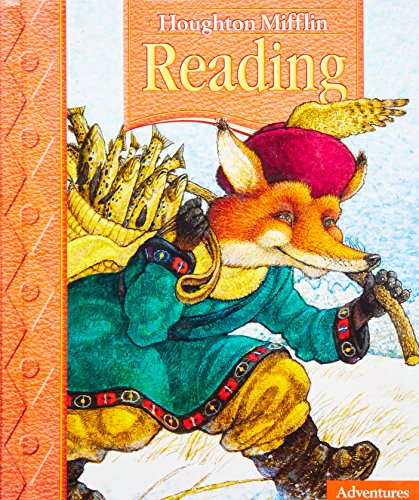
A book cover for Houghton Mifflin Reading: Student Anthology, Grade 2.1, Adventures; HOUGHTON MIFFLIN; Children's Books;